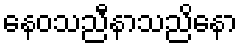
နေဝသညီနာသညိနော